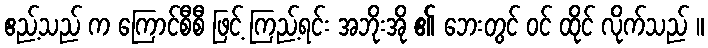
ဧည့်သည် က ကြောင်စီစီ ဖြင့် ကြည့်ရင်း အဘိုးအို ၏ ဘေးတွင် ဝင် ထိုင် လိုက်သည် ။